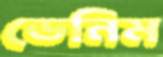
ডেনিম